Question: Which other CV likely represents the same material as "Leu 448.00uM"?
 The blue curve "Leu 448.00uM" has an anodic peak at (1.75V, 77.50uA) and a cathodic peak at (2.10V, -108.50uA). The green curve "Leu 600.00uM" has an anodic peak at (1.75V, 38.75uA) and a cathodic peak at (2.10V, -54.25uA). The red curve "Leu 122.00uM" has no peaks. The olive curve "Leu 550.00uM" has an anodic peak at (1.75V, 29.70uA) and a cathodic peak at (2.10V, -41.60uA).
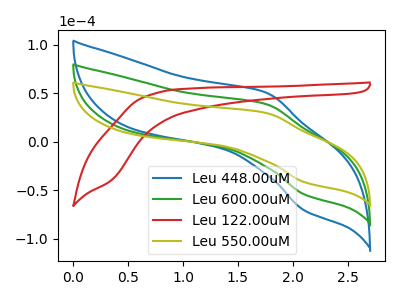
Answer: <think>All the peaks in "Leu 448.00uM" have a peak in "Leu 600.00uM" at the same potential. Every peak in "Leu 448.00uM" is higher than every peak in "Leu 600.00uM". "Leu 448.00uM" and "Leu 122.00uM" have a different number of peaks. All the peaks in "Leu 448.00uM" have a peak in "Leu 550.00uM" at the same potential. Every peak in "Leu 448.00uM" is higher than every peak in "Leu 550.00uM". "Leu 600.00uM" and "Leu 122.00uM" have a different number of peaks. All the peaks in "Leu 600.00uM" have a peak in "Leu 550.00uM" at the same potential. Every peak in "Leu 600.00uM" is higher than every peak in "Leu 550.00uM". "Leu 122.00uM" and "Leu 550.00uM" have a different number of peaks.
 </think>
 <answer>"Leu 448.00uM" and "Leu 600.00uM" have a similar shape to "Leu 550.00uM".</answer>
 <eval>"Leu 448.00uM" "Leu 600.00uM"</eval>